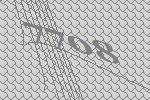
7708